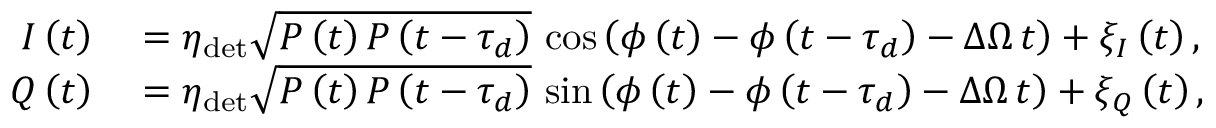
\begin{array} { r l } { I \left( t \right) } & { { } = \eta _ { \mathrm { d e t } } \sqrt { P \left( t \right) P \left( t - \tau _ { d } \right) } \, \cos { \left( \phi \left( t \right) - \phi \left( t - \tau _ { d } \right) - \Delta \Omega \, t \right) } + \xi _ { I } \left( t \right) , } \\ { Q \left( t \right) } & { { } = \eta _ { \mathrm { d e t } } \sqrt { P \left( t \right) P \left( t - \tau _ { d } \right) } \, \sin { \left( \phi \left( t \right) - \phi \left( t - \tau _ { d } \right) - \Delta \Omega \, t \right) } + \xi _ { Q } \left( t \right) , } \end{array}